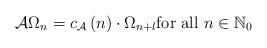
LaTeX: \begin{align*}\mathcal{A}\Omega_{n}=c_{\mathcal{A}}\left( n\right) \cdot\Omega_{n+l}\text{for all }n\in\mathbb{N}_{0} \end{align*}